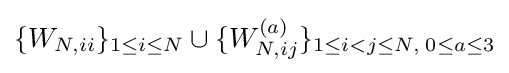
\{W_{N,ii}\}_{1\leq i\leq N}\cup \{W_{N,ij}^{(a)}\}_{1\leq i<j\leq N,\;0\leq a\leq 3}